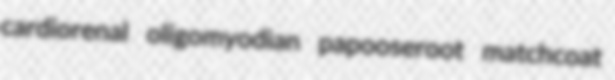
cardiorenal oligomyodian papooseroot matchcoat